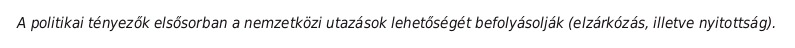
A politikai tényezők elsősorban a nemzetközi utazások lehetőségét befolyásolják (elzárkózás, illetve nyitottság).